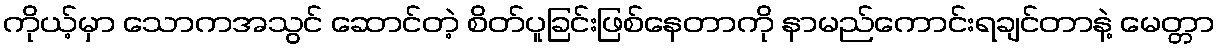
ကိုယ့်မှာ သောကအသွင် ဆောင်တဲ့ စိတ်ပူခြင်းဖြစ်နေတာကို နာမည်ကောင်းရချင်တာနဲ့ မေတ္တာ